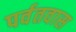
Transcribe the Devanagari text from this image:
पर्वतवास